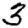
Digit: 3